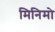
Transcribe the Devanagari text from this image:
मिनिमो